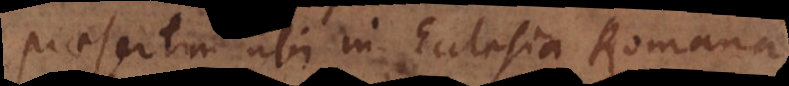
praesertim ubi in Ecclesia Romana